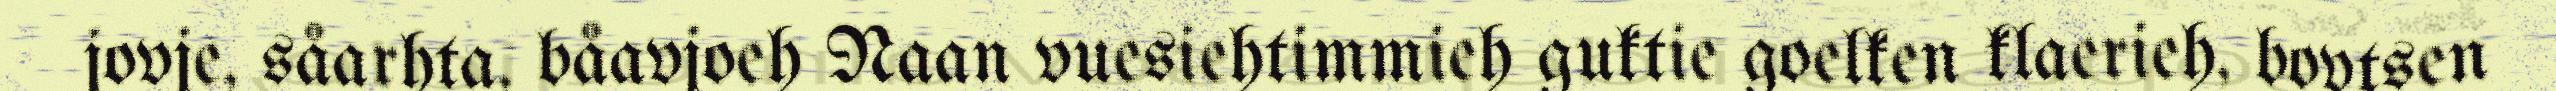
jovje, såarhta, båavjoeh Naan vuesiehtimmieh guktie goelken klaerieh, bovtsen